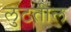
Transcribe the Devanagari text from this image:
लुटतील